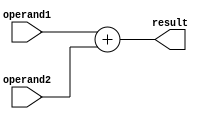
module ADD (
    input  [31:0] operand1,
    input  [31:0] operand2,
    output [31:0] result
);

    assign result = operand1 + operand2;

endmodule